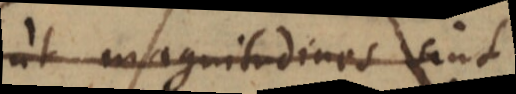
ut magnitudines sint